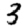
Digit: 3